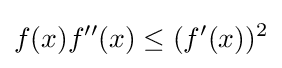
f(x)f''(x)\leq (f'(x))^{2}